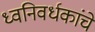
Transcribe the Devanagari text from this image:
ध्वनिवर्धकांचे